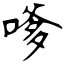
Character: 嗲